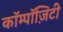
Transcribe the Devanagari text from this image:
कॉम्पॉज़िटी